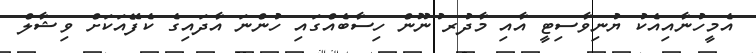
އެމީހުނާއިއެކު ޔުނިވާސިޓީ އާއި މާދުރ ުނޫން ހިސާބެއްގައި ހުންނަ އާދައިގެ ކެފޭއަކަށް ވިޝާލް